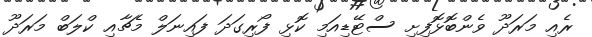
ރެއި މަރަދޫ ވެންބޮޅޮފިށި ސްޓޭޑިއަމި ކޮޅި ފޯރިގަދަ ފައިނަލް މެޗާއި ކްލަބް މަރަދޫ